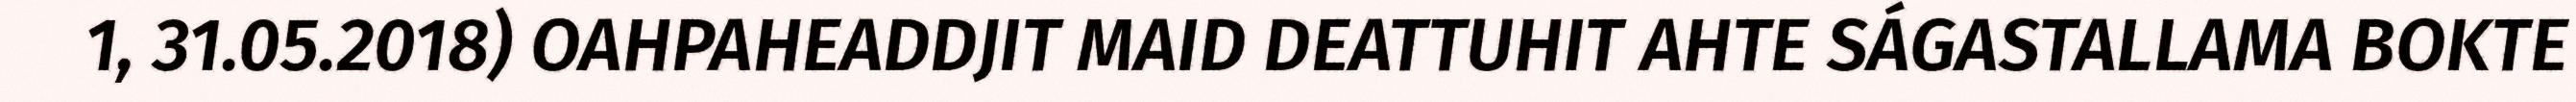
1, 31.05.2018) OAHPAHEADDJIT MAID DEATTUHIT AHTE SÁGASTALLAMA BOKTE